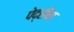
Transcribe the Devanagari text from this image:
पेद्रोचा